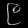
Digit: ၉